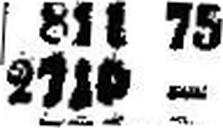
2710 —